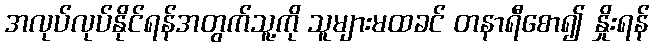
အလုပ်လုပ်နိုင်ရန်အတွက်သူ့ကို သူများမထခင် တနာရီစော၍ နှိုးရန်